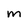
Character: M